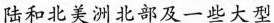
陆和北美洲北部及一些大型